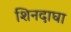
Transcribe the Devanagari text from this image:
शिनदाघा